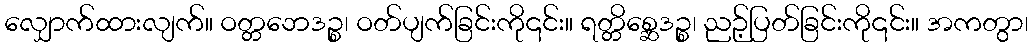
လျှောက်ထားလျက်။ ဝတ္တဘေဒဉ္စ၊ ဝတ်ပျက်ခြင်းကို၎င်း။ ရတ္တိစ္ဆေဒဉ္စ၊ ညဉ့်ပြတ်ခြင်းကို၎င်း။ အကတွာ၊